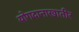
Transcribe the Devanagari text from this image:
योगदानाखातीर